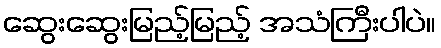
ဆွေးဆွေးမြည့်မြည့် အသံကြီးပါပဲ။